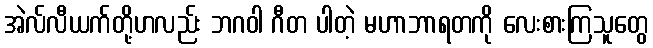
အဲလ်လီယက်တို့ဟလည်း ဘဂဝါ ဂီတ ပါတဲ့ မဟာဘာရတကို လေးစားကြသူတွေ